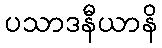
ပသာဒနီယာနိ